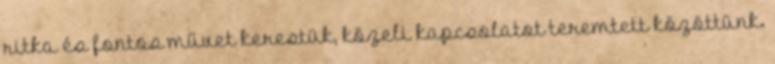
ritka és fontos művet kerestük, közeli kapcsolatot teremtett közöttünk.